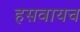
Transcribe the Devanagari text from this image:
हसवायच